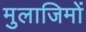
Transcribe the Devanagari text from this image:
मुलाजिमों